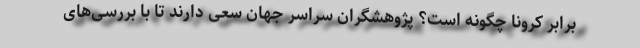
برابر کرونا چگونه است؟ پژوهشگران سراسر جهان سعی دارند تا با بررسی‌های